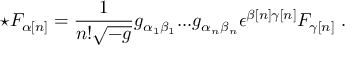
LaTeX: \star F _ { { \alpha } [ n ] } = \frac { 1 } { n ! \sqrt { - g } } g _ { { \alpha } _ { 1 } { \beta } _ { 1 } } . . . g _ { { \alpha } _ { n } { \beta } _ { n } } { \epsilon } ^ { { \beta } [ n ] { \gamma } [ n ] } F _ { { \gamma } [ n ] } \ .